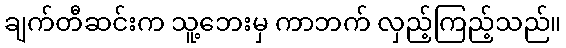
ချက်တီဆင်းက သူ့ဘေးမှ ကာဘက် လှည့်ကြည့်သည်။